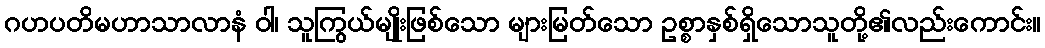
ဂဟပတိမဟာသာလာနံ ဝါ၊ သူကြွယ်မျိုးဖြစ်သော များမြတ်သော ဥစ္စာနှစ်ရှိသောသူတို့၏လည်းကောင်း။